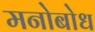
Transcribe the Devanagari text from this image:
मनोबोध